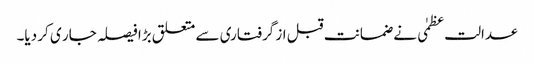
عدالت عظمٰی نے ضمانت قبل از گرفتاری سے متعلق بڑا فیصلہ جار ی کر دیا۔